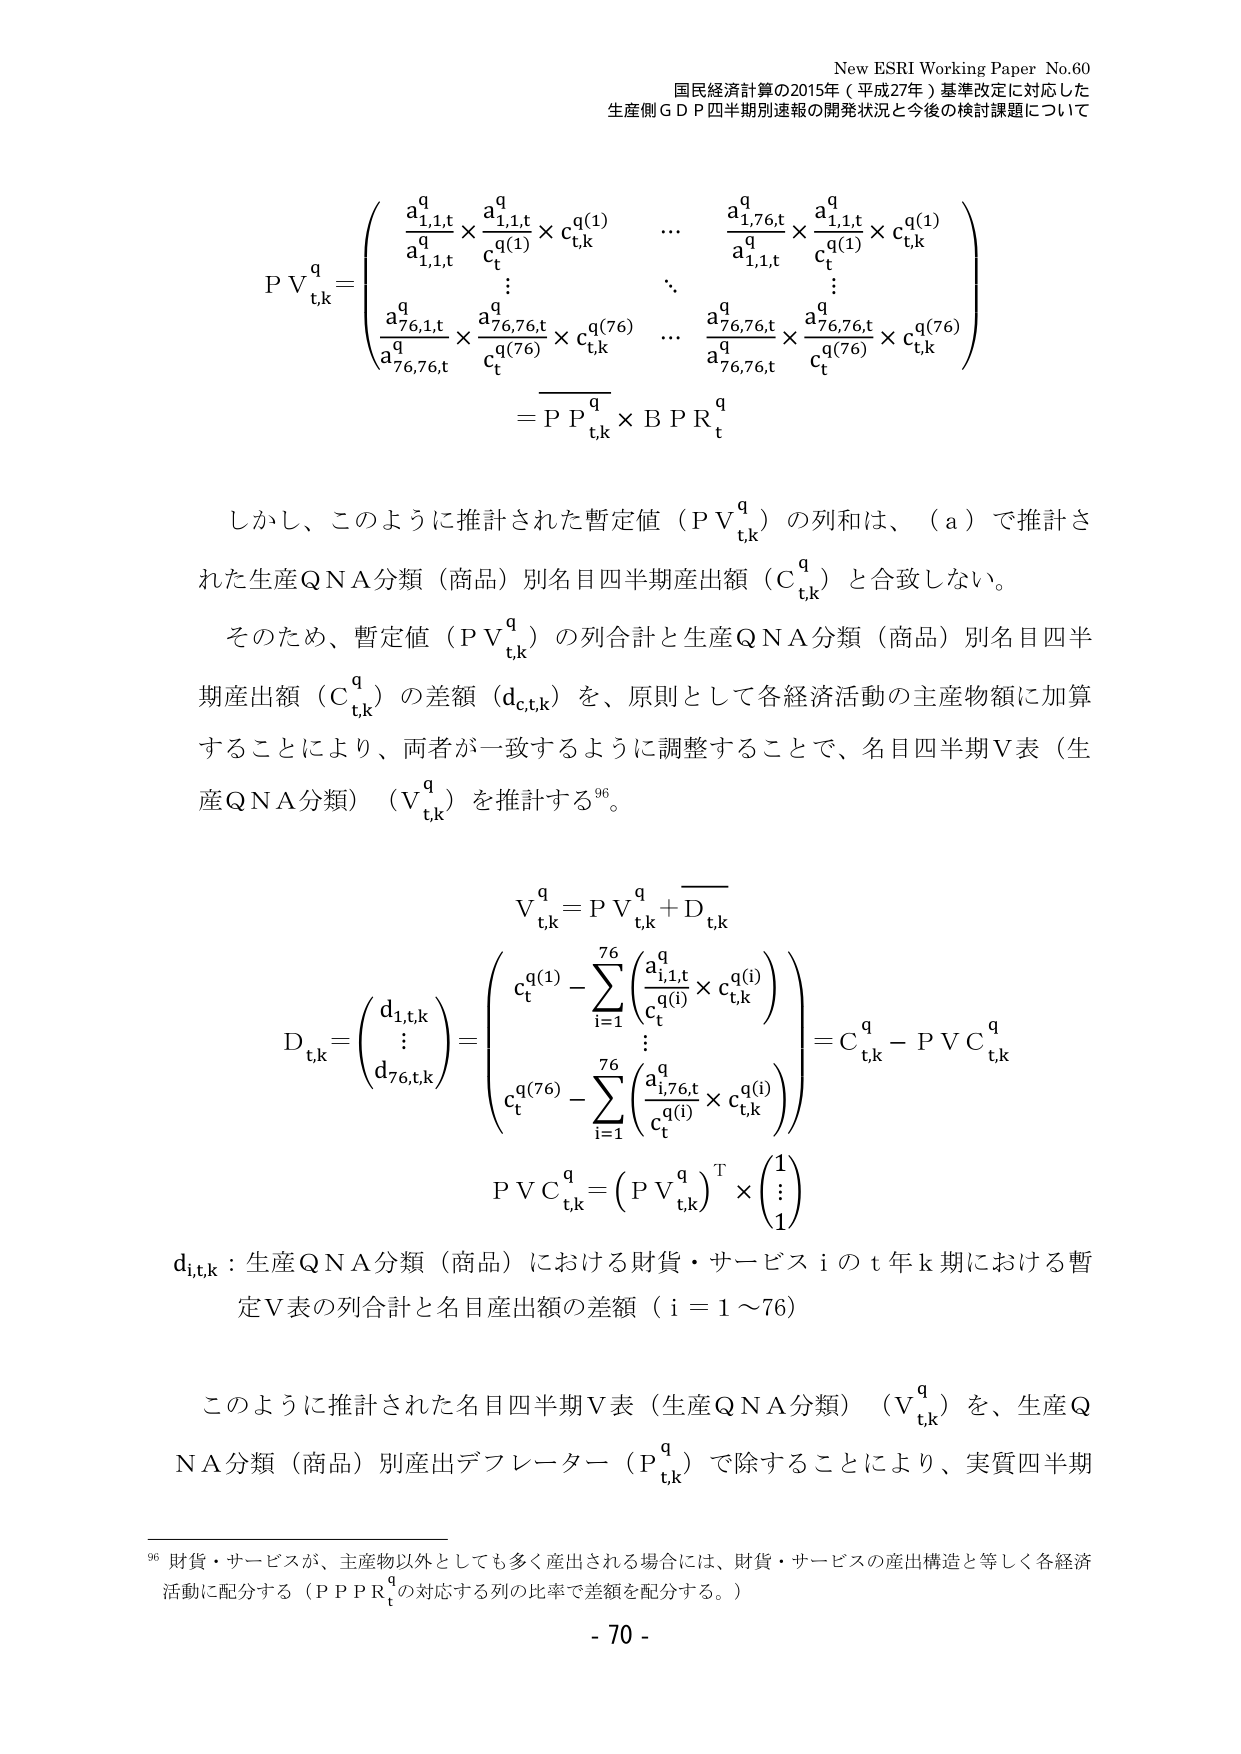
New ESRI Working Paper No.60
国民経済計算の2015年（平成27年）基準改定に対応した
生産側ＧＤＰ四半期別速報の開発状況と今後の検討課題について

P V_{t,k}^q = \begin{pmatrix}
\frac{a_{1,1,t}^q}{a_{1,1,t}^q} \times \frac{a_{1,1,t}^q}{c_t^{q(1)}} \times c_{t,k}^{q(1)} & \cdots & \frac{a_{1,76,t}^q}{a_{1,1,t}^q} \times \frac{a_{1,1,t}^q}{c_t^{q(1)}} \times c_{t,k}^{q(1)} \\
\vdots & \ddots & \vdots \\
\frac{a_{76,1,t}^q}{a_{76,76,t}^q} \times \frac{a_{76,76,t}^q}{c_t^{q(76)}} \times c_{t,k}^{q(76)} & \cdots & \frac{a_{76,76,t}^q}{a_{76,76,t}^q} \times \frac{a_{76,76,t}^q}{c_t^{q(76)}} \times c_{t,k}^{q(76)}
\end{pmatrix}
= P P_{t,k}^q \times B P R_t^q

しかし、このように推計された暫定値（P V_{t,k}^q）の列和は、（a）で推計された生産QNA分類（商品）別名目四半期産出額（C_{t,k}^q）と合致しない。

そのため、暫定値（P V_{t,k}^q）の列合計と生産QNA分類（商品）別名目四半期産出額（C_{t,k}^q）の差額（d_{c,t,k}）を、原則として各経済活動の主産物額に加算することにより、両者が一致するように調整することで、名目四半期V表（生産QNA分類）（V_{t,k}^q）を推計する^{96}。

V_{t,k}^q = P V_{t,k}^q + D_{t,k}
D_{t,k} = \begin{pmatrix} d_{1,t,k} \\ \vdots \\ d_{76,t,k} \end{pmatrix} = \begin{pmatrix} c_t^{q(1)} - \sum_{i=1}^{76} \left( \frac{a_{i,1,t}^q}{c_t^{q(i)}} \times c_{t,k}^{q(i)} \right) \\ \vdots \\ c_t^{q(76)} - \sum_{i=1}^{76} \left( \frac{a_{i,76,t}^q}{c_t^{q(i)}} \times c_{t,k}^{q(i)} \right) \end{pmatrix} = C_{t,k}^q - P V C_{t,k}^q
P V C_{t,k}^q = \left( P V_{t,k}^q \right)^T \times \begin{pmatrix} 1 \\ \vdots \\ 1 \end{pmatrix}

d_{i,t,k}：生産QNA分類（商品）における財貨・サービス i の t 年 k 期における暫定V表の列合計と名目産出額の差額（i = 1～76）

このように推計された名目四半期V表（生産QNA分類）（V_{t,k}^q）を、生産QNA分類（商品）別産出デフレーター（P_{t,k}^q）で除すことにより、実質四半期

^{96} 財貨・サービスが、主産物以外としても多く産出される場合には、財貨・サービスの産出構造と等しく各経済活動に配分する（P P R_t^qの対応する列の比率で差額を配分する。）

- 70 -